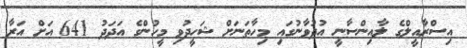
އިސްރާއީލްގެ ލާއިންސާނީ އުދުވާނުގައި މިހާތަނަށް ޝަހީދުވި މީހުންގެ އަދަދު 641 އަށް އަރާ